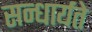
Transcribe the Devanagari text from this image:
सन्धार्यते